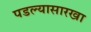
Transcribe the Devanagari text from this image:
पडल्यासारखा